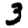
Digit: 3